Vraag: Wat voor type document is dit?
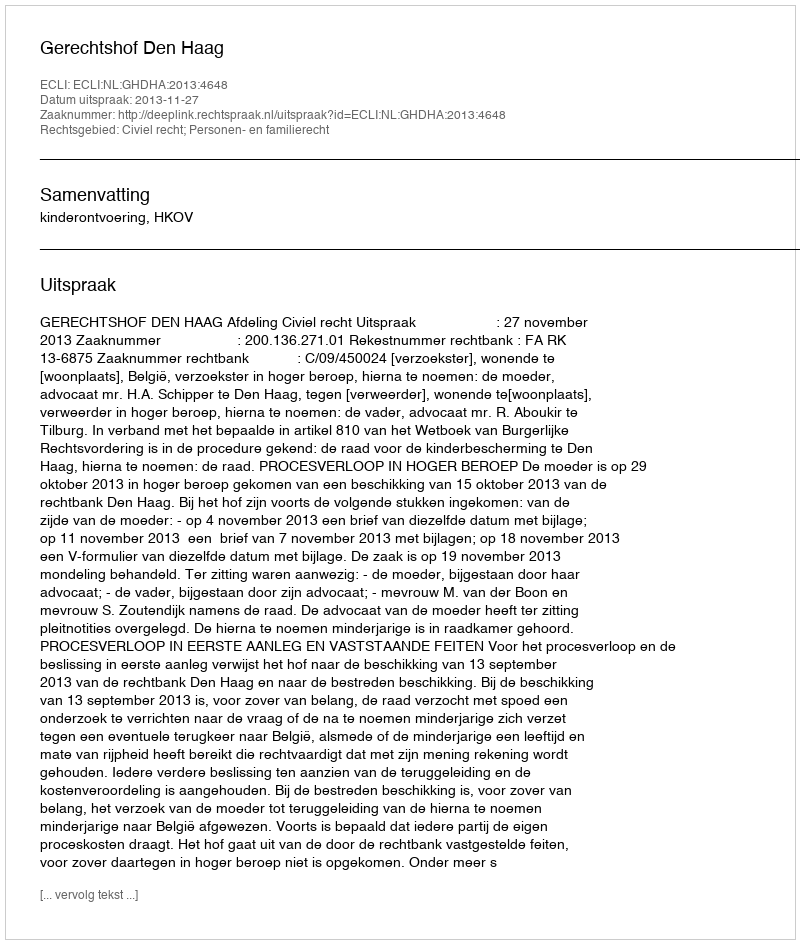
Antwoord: Uitspraak